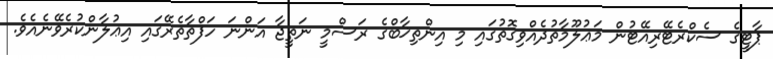
ޕާޓީގެ ސެކްރެޓޭރިއޭޓުން މަޢުލޫމާތުދެއްވިގޮތުގައި މި އިންތިޚާބްގެ ރަސްމީ ނަތީޖާ އަންނަ ހަފްތާތެރޭގައި އިޢުލާންކުރެވޭނެއެވެ.